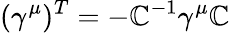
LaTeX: (\gamma^{\mu})^{T}=-\mathbb{C}^{-1}\gamma^{\mu}\mathbb{C}